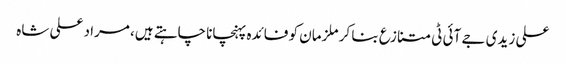
علی زیدی جے آئی ٹی متنازع بنا کر ملزمان کو فائدہ پہنچانا چاہتے ہیں، مراد علی شاہ